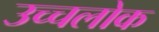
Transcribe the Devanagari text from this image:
उच्चलोक